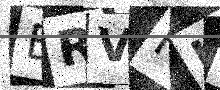
Text: ERVFKB